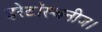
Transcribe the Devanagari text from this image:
इरेटॉस्थनीज।